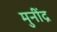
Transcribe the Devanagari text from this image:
मुनींद्र